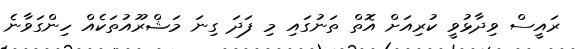
ރައީސް ވިދާޅުވީ ކުރިއަށް އޮތް ތަނުގައި މި ފަދަ ގިނަ މަޝްރޫއުތަކެއް ހިންގަވާނެ